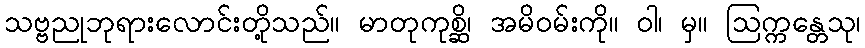
သဗ္ဗညုဘုရားလောင်းတို့သည်။ မာတုကုစ္ဆိ၊ အမိဝမ်းကို။ ဝါ၊ မှ။ ဩက္ကန္တေသု၊